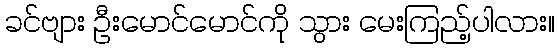
ခင်ဗျား ဦးမောင်မောင်ကို သွား မေးကြည့်ပါလား။